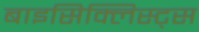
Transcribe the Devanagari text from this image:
बाइसिक्लिस्ट्स